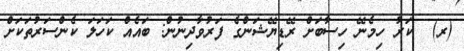
(ރ)  ކަރު ހިމެނޭ ހިސާބަށް ރޭޑިޔޭޝަންގެ ފަރުވާދިނުން: ބައެއް ކަހަލަ ކެންސަރުތަކަށް